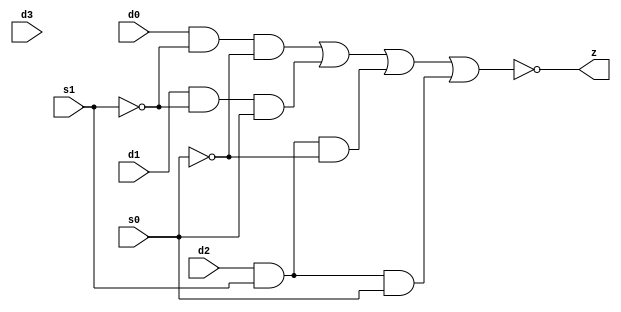
// This program was cloned from: https://github.com/aolofsson/oh
// License: MIT License

//#############################################################################
//# Function: 4-Input Inverting Mux                                           #
//#                                                                           #
//# Copyright: OH Project Authors. All rights Reserved.                       #
//# License:  MIT (see LICENSE file in OH repository)                         # 
//#############################################################################

module oh_mxi4 #(parameter DW = 1 ) // array width
   (
    input [DW-1:0]  d0,
    input [DW-1:0]  d1,
    input [DW-1:0]  d2,
    input [DW-1:0]  d3,
    input [DW-1:0]  s0,
    input [DW-1:0]  s1,
    output [DW-1:0] z
    );
   
   assign z = ~((d0 & ~s1 & ~s0) |
		(d1 & ~s1 &  s0) |
		(d2 &  s1 & ~s0) |
		(d2 &  s1 &  s0));
   
endmodule